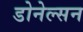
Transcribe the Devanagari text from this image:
डोनेल्सन